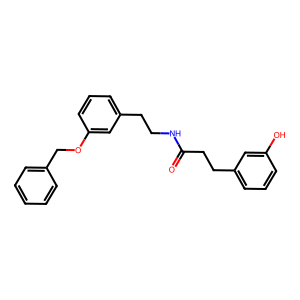
SMILES: O=C(CCc1cccc(O)c1)NCCc1cccc(OCc2ccccc2)c1
Inhibits HIV replication: No